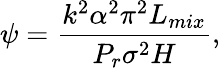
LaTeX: \psi=\frac{k^{2}\alpha^{2}\pi^{2}L_{mix}}{P_{r}\sigma^{2}H},